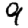
Digit: 9